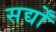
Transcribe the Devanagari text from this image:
सर्द्यों